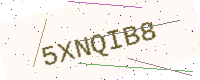
Text: 5XNQIB8